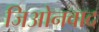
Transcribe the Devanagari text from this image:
जिओनवाद